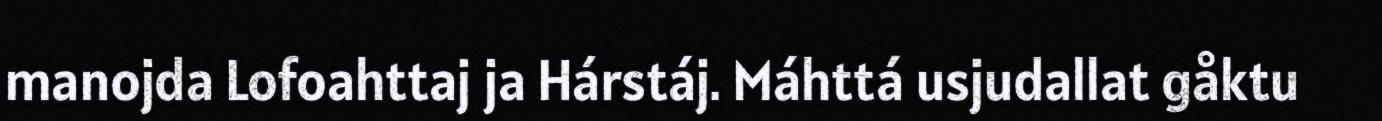
manojda Lofoahttaj ja Hárstáj. Máhttá usjudallat gåktu